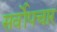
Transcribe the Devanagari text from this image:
सर्वोपचार